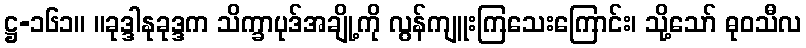
ဋ္ဌ-၁၆၁။ ။ခုဒ္ဒါနုခုဒ္ဒက သိက္ခာပုဒ်အချို့ကို လွန်ကျူးကြသေးကြောင်း၊ သို့သော် ဓုဝသီလ